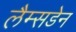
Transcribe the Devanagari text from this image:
लैम्सडेन